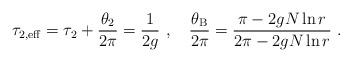
LaTeX: \begin{align*}\tau_{2,\rm eff} = \tau_2 + \frac{\theta_2}{2\pi} = \frac{1}{2g}\ , \quad\frac{\theta_{\rm B}}{2\pi} = \frac{\pi - 2gN \ln r}{2\pi - 2gN \ln r}\ .\end{align*}